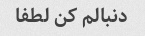
دنبالم کن لطفا